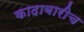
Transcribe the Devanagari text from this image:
कादाबारीच